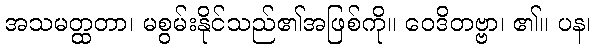
အသမတ္ထတာ၊ မစွမ်းနိုင်သည်၏အဖြစ်ကို။ ဝေဒိတဗ္ဗာ၊ ၏။ ပန၊